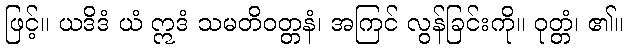
ဖြင့်။ ယဒိဒံ ယံ ဣဒံ သမတိဝတ္တနံ၊ အကြင် လွန်ခြင်းကို။ ဝုတ္တံ၊ ၏။